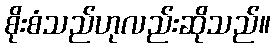
စိုးစံသည်ဟုလည်းဆိုသည်။